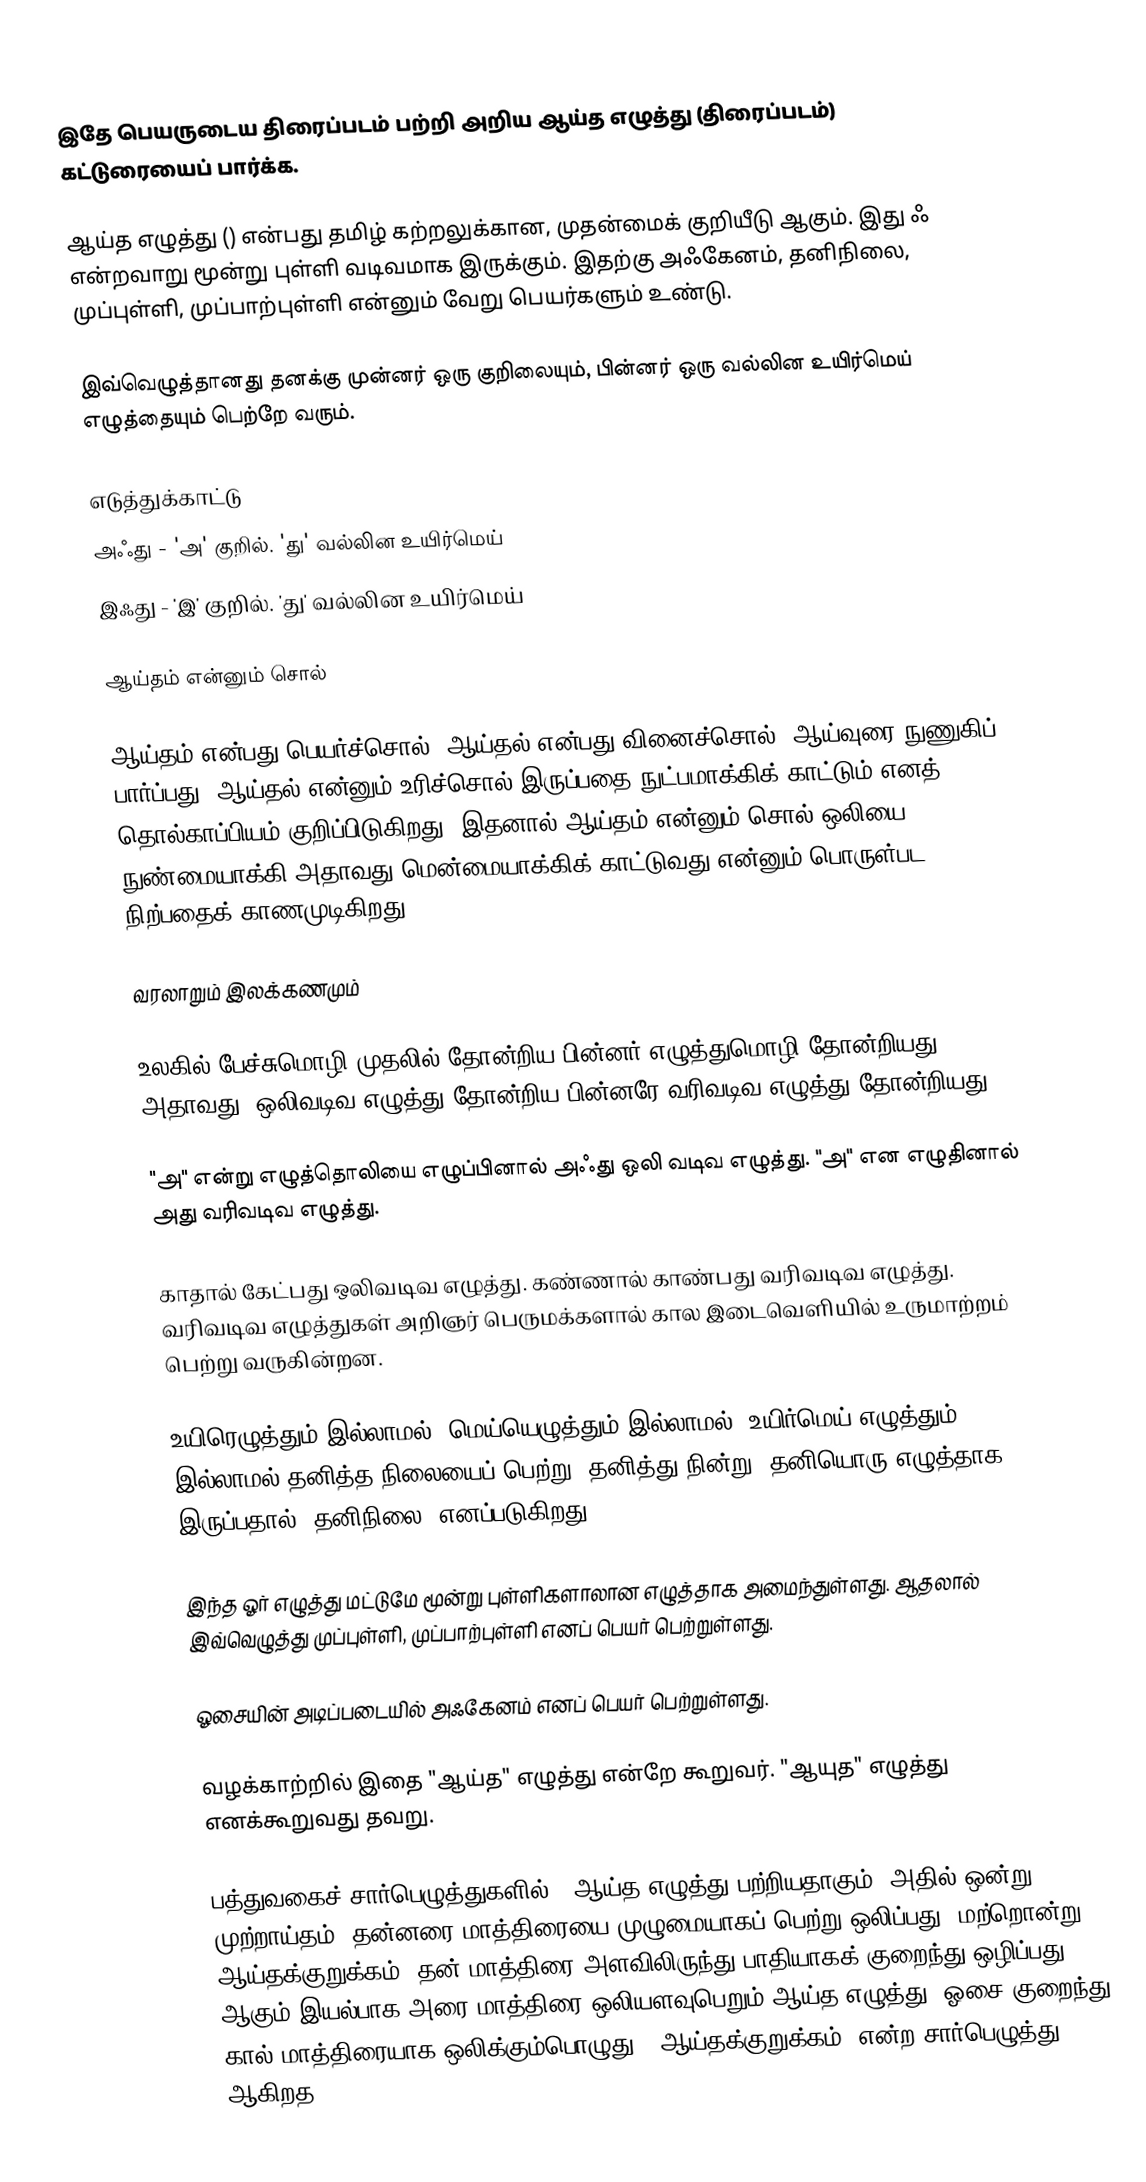
இதே பெயருடைய திரைப்படம் பற்றி அறிய ஆய்த எழுத்து (திரைப்படம்) கட்டுரையைப் பார்க்க.

ஆய்த எழுத்து () என்பது தமிழ் கற்றலுக்கான, முதன்மைக் குறியீடு ஆகும். இது ஃ என்றவாறு மூன்று புள்ளி வடிவமாக இருக்கும். இதற்கு அஃகேனம், தனிநிலை, முப்புள்ளி, முப்பாற்புள்ளி என்னும் வேறு பெயர்களும் உண்டு.

இவ்வெழுத்தானது தனக்கு முன்னர் ஒரு குறிலையும், பின்னர் ஒரு வல்லின உயிர்மெய் எழுத்தையும் பெற்றே வரும்.

எடுத்துக்காட்டு
அஃது - 'அ' குறில். 'து' வல்லின உயிர்மெய்
இஃது - 'இ' குறில். 'து' வல்லின உயிர்மெய்

ஆய்தம் என்னும் சொல்

ஆய்தம் என்பது பெயர்ச்சொல். ஆய்தல் என்பது வினைச்சொல். ஆய்வுரை நுணுகிப் பார்ப்பது. ஆய்தல் என்னும் உரிச்சொல் இருப்பதை நுட்பமாக்கிக் காட்டும் எனத் தொல்காப்பியம் குறிப்பிடுகிறது. இதனால் ஆய்தம் என்னும் சொல் ஒலியை நுண்மையாக்கி அதாவது மென்மையாக்கிக் காட்டுவது என்னும் பொருள்பட நிற்பதைக் காணமுடிகிறது.

வரலாறும் இலக்கணமும்

உலகில் பேச்சுமொழி முதலில் தோன்றிய பின்னர் எழுத்துமொழி தோன்றியது. அதாவது, ஒலிவடிவ எழுத்து தோன்றிய பின்னரே வரிவடிவ எழுத்து தோன்றியது.

"அ" என்று எழுத்தொலியை எழுப்பினால் அஃது ஒலி வடிவ எழுத்து. "அ" என எழுதினால் அது வரிவடிவ எழுத்து.

காதால் கேட்பது ஒலிவடிவ எழுத்து. கண்ணால் காண்பது வரிவடிவ எழுத்து. வரிவடிவ எழுத்துகள் அறிஞர் பெருமக்களால் கால இடைவெளியில் உருமாற்றம் பெற்று வருகின்றன.

உயிரெழுத்தும் இல்லாமல், மெய்யெழுத்தும் இல்லாமல், உயிர்மெய் எழுத்தும் இல்லாமல் தனித்த நிலையைப் பெற்று, தனித்து நின்று, தனியொரு எழுத்தாக இருப்பதால் "தனிநிலை" எனப்படுகிறது.

இந்த ஓர் எழுத்து மட்டுமே மூன்று புள்ளிகளாலான எழுத்தாக அமைந்துள்ளது. ஆதலால் இவ்வெழுத்து முப்புள்ளி, முப்பாற்புள்ளி எனப் பெயர் பெற்றுள்ளது.

ஓசையின் அடிப்படையில் அஃகேனம் எனப் பெயர் பெற்றுள்ளது.

வழக்காற்றில் இதை "ஆய்த" எழுத்து என்றே கூறுவர். "ஆயுத" எழுத்து எனக்கூறுவது தவறு.

பத்துவகைச் சார்பெழுத்துகளில் 2 ஆய்த எழுத்து பற்றியதாகும். அதில் ஒன்று முற்றாய்தம் (தன்னரை மாத்திரையை முழுமையாகப் பெற்று ஒலிப்பது) மற்றொன்று ஆய்தக்குறுக்கம் (தன் மாத்திரை அளவிலிருந்து பாதியாகக் குறைந்து ஒழிப்பது) ஆகும்.இயல்பாக அரை மாத்திரை ஒலியளவுபெறும் ஆய்த எழுத்து, ஓசை குறைந்து கால் மாத்திரையாக ஒலிக்கும்பொழுது, "ஆய்தக்குறுக்கம்" என்ற சார்பெழுத்து ஆகிறத